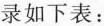
录如下表：